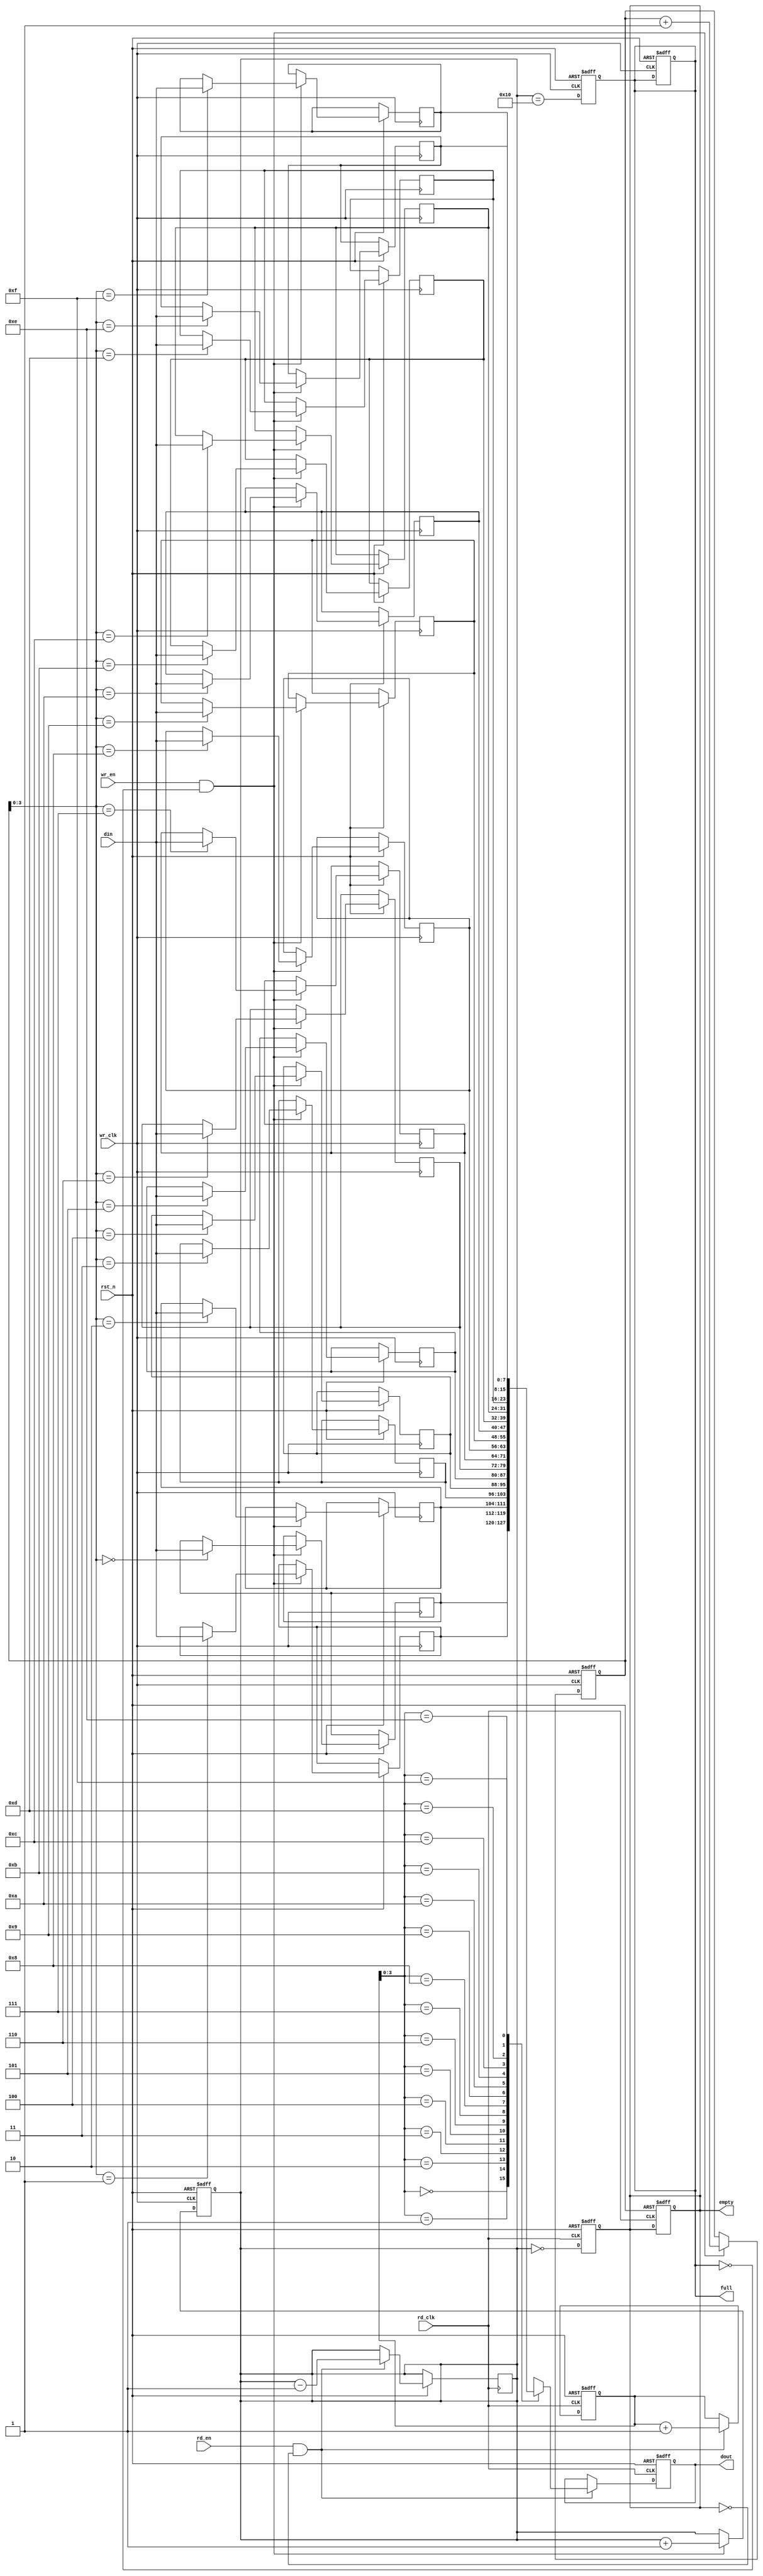
module async_fifo #(
    parameter DATA_WIDTH = 8,  // Width of the data
    parameter FIFO_DEPTH = 16   // Depth of the FIFO (must be a power of 2)
) (
    input wire wr_clk,          // Write clock
    input wire rd_clk,          // Read clock
    input wire rst_n,           // Active low reset
    input wire wr_en,           // Write enable
    input wire rd_en,           // Read enable
    input wire [DATA_WIDTH-1:0] din, // Data input
    output reg [DATA_WIDTH-1:0] dout, // Data output
    output reg full,            // FIFO full flag
    output reg empty            // FIFO empty flag
);

    // Memory array
    reg [DATA_WIDTH-1:0] fifo_mem [0:FIFO_DEPTH-1];

    // Pointers
    reg [FIFO_DEPTH-1:0] wr_ptr; // Write pointer
    reg [FIFO_DEPTH-1:0] rd_ptr; // Read pointer
    reg [FIFO_DEPTH:0] count;     // Number of entries in FIFO

    // Gray code conversion
    function [FIFO_DEPTH-1:0] bin_to_gray(input [FIFO_DEPTH-1:0] bin);
        begin
            bin_to_gray = bin ^ (bin >> 1);
        end
    endfunction

    // Write operation
    always @(posedge wr_clk or negedge rst_n) begin
        if (!rst_n) begin
            wr_ptr <= 0;
            count <= 0;
            full <= 0;
        end else if (wr_en && !full) begin
            fifo_mem[wr_ptr] <= din;
            wr_ptr <= wr_ptr + 1;
            count <= count + 1;
        end
    end

    // Read operation
    always @(posedge rd_clk or negedge rst_n) begin
        if (!rst_n) begin
            rd_ptr <= 0;
            dout <= 0;
            empty <= 1;
        end else if (rd_en && !empty) begin
            dout <= fifo_mem[rd_ptr];
            rd_ptr <= rd_ptr + 1;
            count <= count - 1;
        end
    end

    // Full and empty flag logic
    always @(posedge wr_clk or negedge rst_n) begin
        if (!rst_n) begin
            full <= 0;
        end else begin
            full <= (count == FIFO_DEPTH);
        end
    end

    always @(posedge rd_clk or negedge rst_n) begin
        if (!rst_n) begin
            empty <= 1;
        end else begin
            empty <= (count == 0);
        end
    end

endmodule